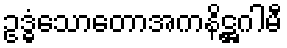
ဥဒ္ဓံသောတောအကနိဋ္ဌဂါမီ